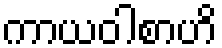
ကာယဝါစာဟိ